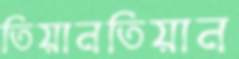
তিয়ানতিয়ান